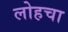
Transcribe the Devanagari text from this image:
लोहचा